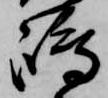
嶋